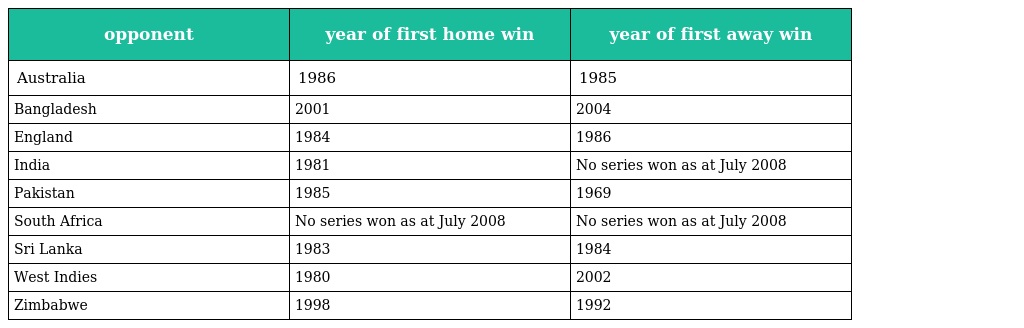
| opponent | year of first home win | year of first away win |
 | --- | --- | --- |
 | Australia | 1986 | 1985 |
 | Bangladesh | 2001 | 2004 |
 | England | 1984 | 1986 |
 | India | 1981 | No series won as at July 2008 |
 | Pakistan | 1985 | 1969 |
 | South Africa | No series won as at July 2008 | No series won as at July 2008 |
 | Sri Lanka | 1983 | 1984 |
 | West Indies | 1980 | 2002 |
 | Zimbabwe | 1998 | 1992 |